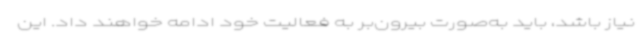
نیاز باشد، باید به‌صورت بیرون‌بر به فعالیت خود ادامه خواهند داد. این